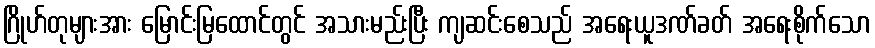
ဂြိုဟ်တုများအား မြောင်းမြထောင်တွင် အသားမည်းပြီး ကျဆင်းစေသည် အရေးယူဒဏ်ခတ် အရေးစိုက်သော